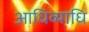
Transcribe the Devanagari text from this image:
आधिव्याधि